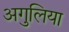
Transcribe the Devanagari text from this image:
अगुलिया